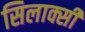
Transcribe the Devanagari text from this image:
सिलाक्सी